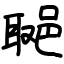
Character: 𨛿